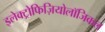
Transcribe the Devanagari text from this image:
इलेक्ट्रोफिज़ियोलॉजिकल